Madras plague regulations and rules - Volume 2
Disease focus: Plague
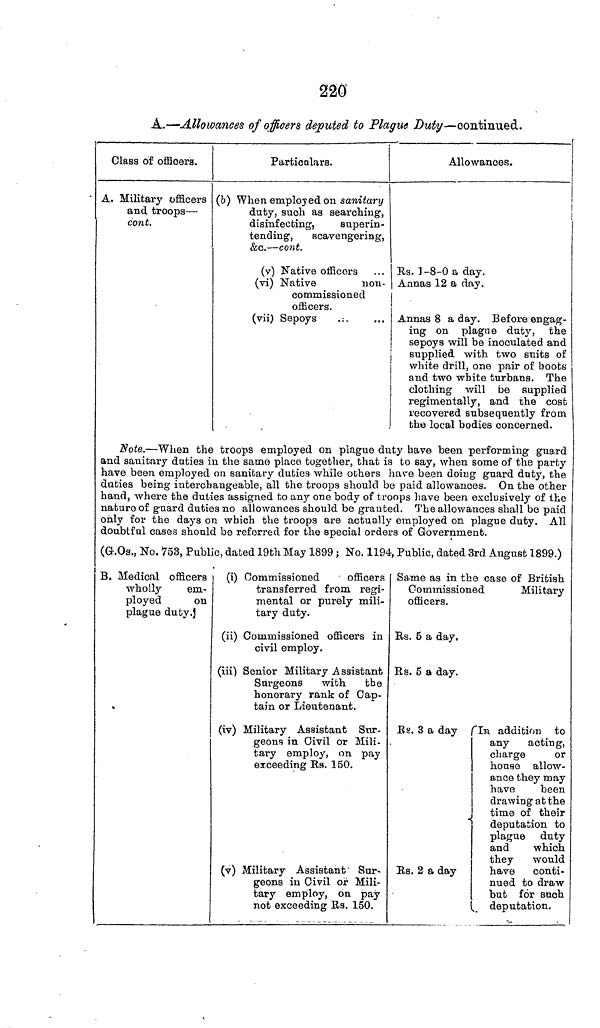
220
A.—Allowances of officers deputed to Plague Duty—continued.
Class of officers.
A. Military officers
and troops—
cont.
Particulars.
(b) When employed on sanitary
duty, such as searching,
disinfecting,
superin-
tending, scavengering,
&c.—cont.
(v) Native officers
(vi) Native
non-
commissioned
officers.
(vii) Sepoys
.:.
.
Allowances.
I
1
Rs. 1-8-0 a day.
Annas 12 a day.
Annas 8 a day. Before engag-
ing on plague duty, the
sepoys will be inoculated and
supplied with two suits of
white drill, one pair of boots
and two white turbans. The
clothing will be supplied
regimentally, and the cost
recovered subsequently from
the local bodies concerned.
Note.—When the troops employed on plague duty have been performing guard
and sanitary duties in the same place together, that is to say, when some of the party
have been employed on sanitary duties while others have been doing guard duty, the
duties being interchangeable, all the troops should be paid allowances. On the other
hand, where the duties assigned to any one body of troops have been exclusively of the
nature of guard duties no allowances should be granted. The allowances shall be paid
only for the days on which the troops are actually employed on plague duty. All
doubtful cases should be referred for the special orders of Government.
(G.Os., No. 753, Public, dated 19th May 1899 ; No. 1194, Public, dated 3rd August 1899.)
B. Medical officers
wholly
em-
ployed
on
plague duty.
(i) Commissioned
officers
transferred from regi-
mental or purely mili-
tary duty.
(ii) Commissioned officers in
civil employ.
(iii) Senior Military Assistant
Surgeons with
the
honorary rank of Cap-
tain or Lieutenant.
(iv) Military Assistant Sur-
geons in Civil or Mili-
tary employ, on pay
exceeding Rs. 150.
(v) Military Assistant Sur-
geons in Civil or Mili-
tary employ, on pay
not exceeding Rs. 150.
Same as in the case of British
Commissioned
Military
officers.
Rs. 5 a day.
Rs. 5 a day.
Rs. 3 a day In addition to
any acting,
charge
or
house allow-
ance they may
have
been
drawing at the
time of their
deputation to
plague duty
and
which
they would
Rs. 2 a day
have conti-
nued to draw
but for such
deputation.